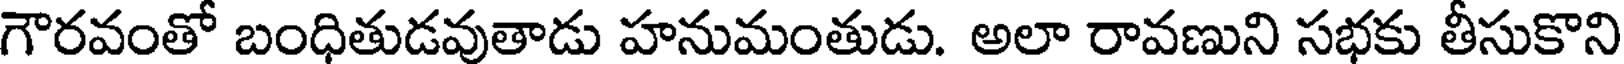
గౌరవంతో బంధితుడవుతాడు హనుమంతుడు. అలా రావణుని సభకు తీసుకొని